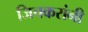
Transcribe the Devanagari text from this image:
जिचकरांनी